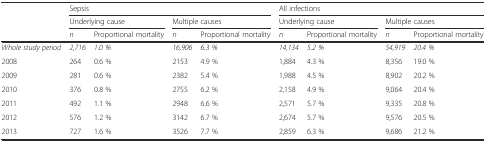
|  | <COLSPAN=4> Sepsis | <COLSPAN=4> All infections |
 |  | <COLSPAN=2> Underlying cause | <COLSPAN=2> Multiple causes | <COLSPAN=2> Underlying cause | <COLSPAN=2> Multiple causes |
 |  | n | Proportional mortality | n | Proportional mortality | n | Proportional mortality | n | Proportional mortality |
 | --- | --- | --- | --- | --- | --- | --- | --- | --- |
 | Whole study period | 2,716 | 1.0 % | 16,906 | 6.3 % | 14,134 | 5.2 % | 54,919 | 20.4 % |
 | 2008 | 264 | 0.6 % | 2153 | 4.9 % | 1,884 | 4.3 % | 8,356 | 19.0 % |
 | 2009 | 281 | 0.6 % | 2382 | 5.4 % | 1,988 | 4.5 % | 8,902 | 20.2 % |
 | 2010 | 376 | 0.8 % | 2755 | 6.2 % | 2,158 | 4.9 % | 9,064 | 20.4 % |
 | 2011 | 492 | 1.1 % | 2948 | 6.6 % | 2,571 | 5.7 % | 9,335 | 20.8 % |
 | 2012 | 576 | 1.2 % | 3142 | 6.7 % | 2,674 | 5.7 % | 9,576 | 20.5 % |
 | 2013 | 727 | 1.6 % | 3526 | 7.7 % | 2,859 | 6.3 % | 9,686 | 21.2 % |